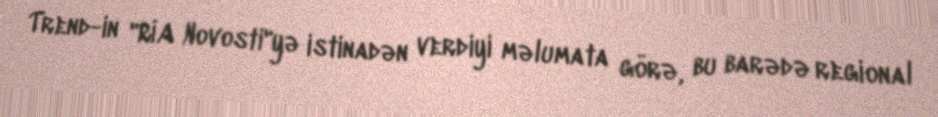
Trend-in "RİA Novosti"yə istinadən verdiyi məlumata görə, bu barədə regional